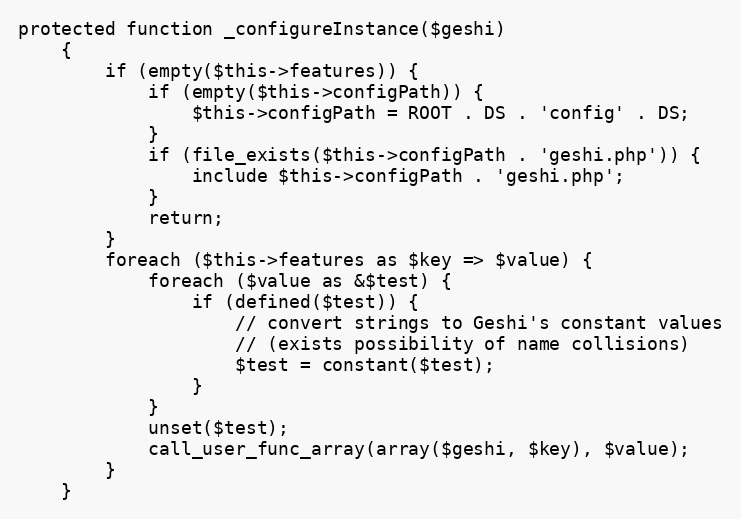
Language: PHP
protected function _configureInstance($geshi)
    {
        if (empty($this->features)) {
            if (empty($this->configPath)) {
                $this->configPath = ROOT . DS . 'config' . DS;
            }
            if (file_exists($this->configPath . 'geshi.php')) {
                include $this->configPath . 'geshi.php';
            }
            return;
        }
        foreach ($this->features as $key => $value) {
            foreach ($value as &$test) {
                if (defined($test)) {
                    // convert strings to Geshi's constant values
                    // (exists possibility of name collisions)
                    $test = constant($test);
                }
            }
            unset($test);
            call_user_func_array(array($geshi, $key), $value);
        }
    }